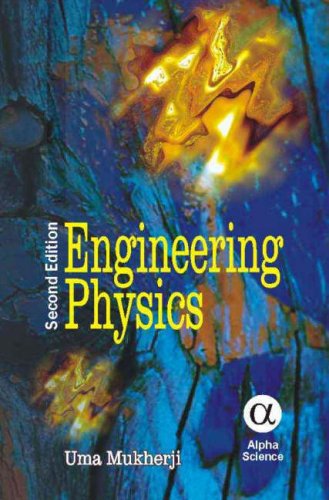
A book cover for Engineering Physics; Uma Mukherji; Science & Math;